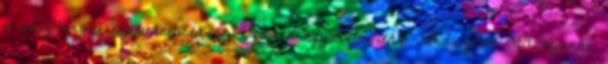
a mozdonyok nyilvántartását, ezért a „gyorsjavítás” rendszerét 1964. nyarán